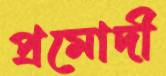
প্রমোদী